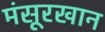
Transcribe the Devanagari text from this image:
मंसूरखान